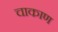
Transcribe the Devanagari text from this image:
चाकाण